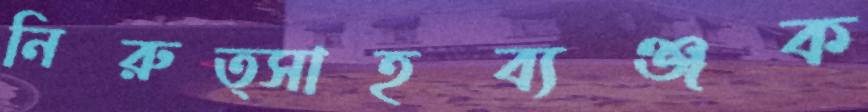
নিরুত্সাহব্যঞ্জক